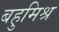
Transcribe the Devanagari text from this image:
बहुमिश्र